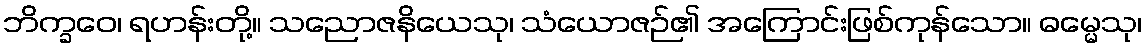
ဘိက္ခဝေ၊ ရဟန်းတို့။ သညောဇနိယေသု၊ သံယောဇဉ်၏ အကြောင်းဖြစ်ကုန်သော။ ဓမ္မေသု၊